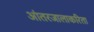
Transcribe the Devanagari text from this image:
आंतरजालाकरिता